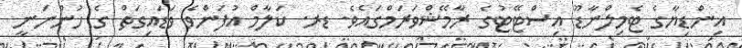
އިންޑިޔާގެ ޓެމިލްނާޑޫ އިސްޓޭޓުގެ ރާމޭޝްވަރަމްގައެވެ. ޑރ. ކަލާމް އުފަންވެ ވަޑައިގަތް ގެ ހުންނަނީ